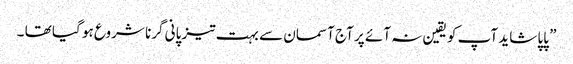
” پاپا شاید آپ کو یقین نہ آئے پر آج آسمان سے بہت تیز پانی گرنا شروع ہو گیا تھا ۔